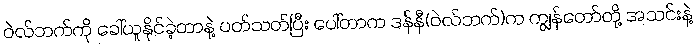
ဝဲလ်ဘက်ကို ခေါ်ယူနိုင်ခဲ့တာနဲ့ ပတ်သတ်ပြီး ပေါ်တာက ဒန််နီ(ဝဲလ်ဘက်)က ကျွန်တော်တို့ အသင်းနဲ့